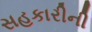
સહકારીની